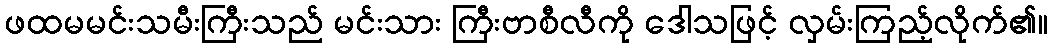
ဖထမမင်းသမီးကြီးသည် မင်းသား ကြီးဗာစီလီကို ဒေါသဖြင့် လှမ်းကြည့်လိုက်၏။